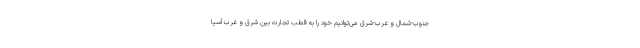
جنوب-شمال و غرب-شرق می‌توانیم خود را به قطب تجارت بین شرق و غرب آسیا